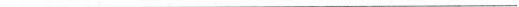
___